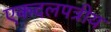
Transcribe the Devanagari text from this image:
एकदलपत्रीय